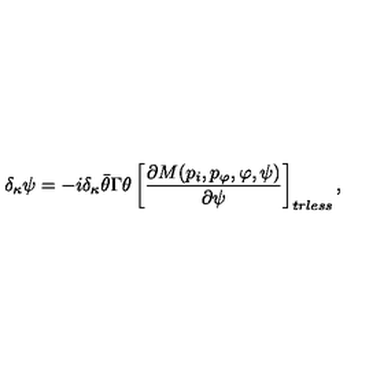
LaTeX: \delta _ { \kappa } \psi = - i \delta _ { \kappa } \bar { \theta } \Gamma \theta \left[ { \frac { \partial M ( p _ { i } , p _ { \varphi } , \varphi , \psi ) } { \partial \psi } } \right] _ { t r l e s s } ,